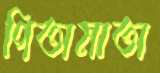
পিতামাতা